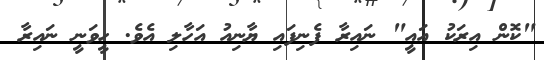
"ކޮން އިރަކު އައީ" ނައިރާ ފެނިފައި ޔާނިއު އަހާލި އެވެ. ހީވަނީ ނައިރާ